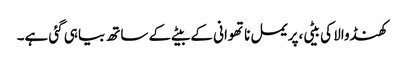
کھنڈوالا کی بیٹی،پریمل ناتھوانی کے بیٹے کے ساتھ بیاہی گئی ہے۔